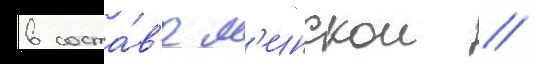
в соста́в'е м'инскои //